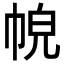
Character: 𢂹